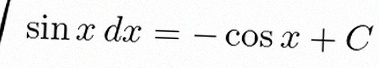
\int \sin x\,dx=-\cos x+C